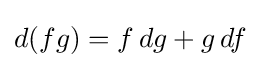
d(fg)=f\,dg+g\,df